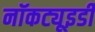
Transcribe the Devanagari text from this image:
नॉकट्यूइडी